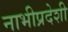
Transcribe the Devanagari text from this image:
नाभीप्रदेशी